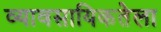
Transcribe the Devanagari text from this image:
व्यावसायिकतेला